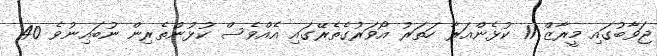
ޖަވާބުގައި މީރާޒް 11 ކުޅެންއަރާ ހަތަރު އޯވަރުގެތެރޭގައި އެއްވެސް ކުޅުންތެރިން ނުބައިނުވެ 40